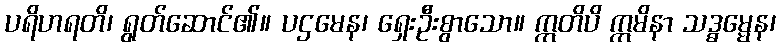
ပရိဟရတိ၊ ရွတ်ဆောင်၏။ ပဌမေန၊ ရှေးဦးစွာသော။ ဣတိပိ ဣမိနာ သဒ္ဓမ္မေန၊